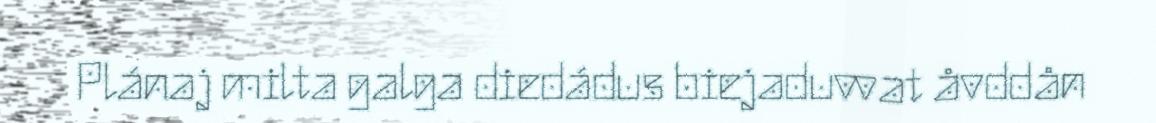
Plánaj milta galga diedádus biejaduvvat åvddån